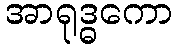
အာရုဒ္ဓကော